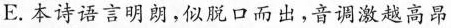
E. 本诗语言明朗，似脱口而出，音调激越高昂